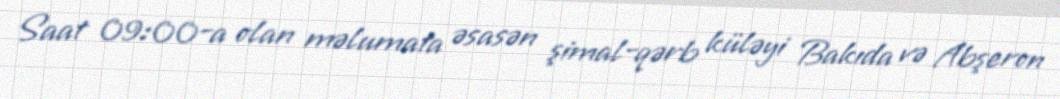
Saat 09:00-a olan məlumata əsasən şimal-qərb küləyi Bakıda və Abşeron